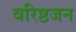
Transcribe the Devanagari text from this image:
वरिष्ठजन